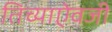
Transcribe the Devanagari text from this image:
तिच्याऐवजी